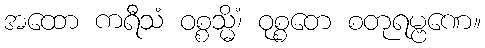
အထော ကရီသံ ဝစ္စသ္မိံ၊ ဝုစ္စတေ စတုရမ္ဗဏေ။